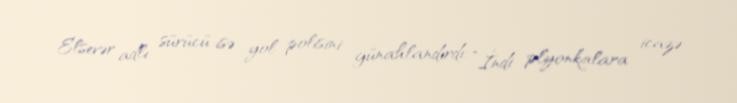
Elsevər adlı sürücü isə yol polisini günahlandırdı: “İndi plyonkalara icazə